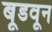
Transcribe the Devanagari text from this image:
बूडवून